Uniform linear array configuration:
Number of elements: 4
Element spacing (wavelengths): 0.5
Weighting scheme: uniform
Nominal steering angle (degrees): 45
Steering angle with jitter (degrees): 46.046
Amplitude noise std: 0.05
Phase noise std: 0.05

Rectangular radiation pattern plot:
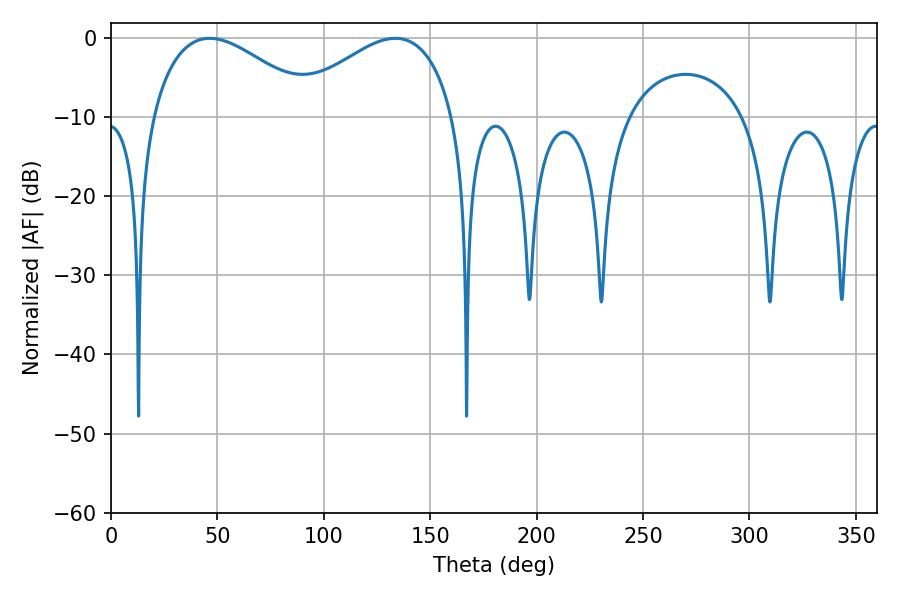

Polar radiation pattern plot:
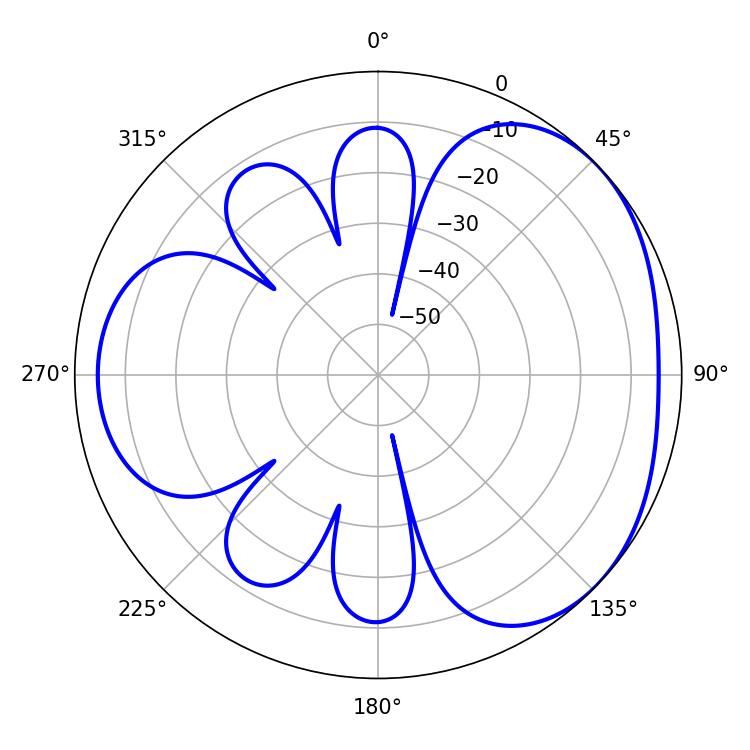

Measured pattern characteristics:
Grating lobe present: FALSE
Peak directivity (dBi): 3.4
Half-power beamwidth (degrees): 42.48
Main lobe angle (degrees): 46.44